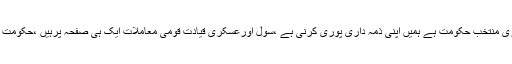
2015ء)وفاقی وزیردفاع خواجہ آصف نے کہاہے ہماری منتخب حکومت ہے ہمیں اپنی ذمہ داری پوری کرنی ہے ،سول اورعسکری قیادت قومی معاملات ایک ہی صفحہ پرہیں ،حکومت اپنی کارکردگی کے حوالے سے عوام کوجواب دہ ہے ۔